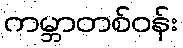
ကမ္ဘာတစ်ဝန်း